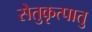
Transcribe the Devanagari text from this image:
सेतुकृत्पातु